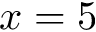
x = 5